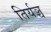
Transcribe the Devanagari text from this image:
तिर्यञ्च